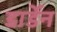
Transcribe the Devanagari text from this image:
डार्डेन